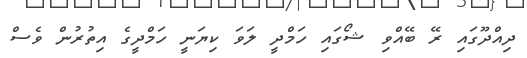
ދިއްދޫގައި ރޭ ބޭއްވި ޝޯގައި ހަމްދީ ލަވަ ކިޔަނީ ހަމްދީގެ އިތުރުން ވެސް